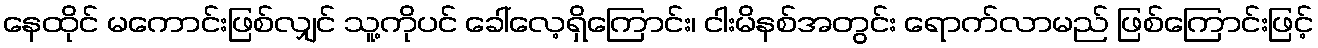
နေထိုင် မကောင်းဖြစ်လျှင် သူ့ကိုပင် ခေါ်လေ့ရှိကြောင်း၊ ငါးမိနစ်အတွင်း ရောက်လာမည် ဖြစ်ကြောင်းဖြင့်